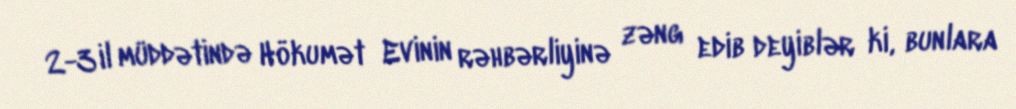
2-3 il müddətində Hökumət Evinin rəhbərliyinə zəng edib deyiblər ki, bunlara